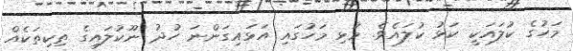
މަހުގެ ކުލައަކީ ކަޅު ކުލައެވެ. މުޅި މަހުގައި އަޅައިގަންނަ ހުދު ނޫކުލައިގެ ތިކިތަކެއް